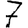
Digit: 7